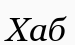
Хаб